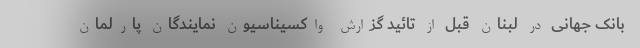
بانک جهانی در لبنان قبل از تائید گزارش واکسیناسیون نمایندگان پارلمان